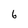
Character: 6